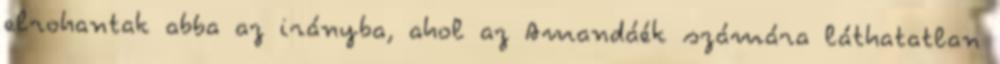
elrohantak abba az irányba, ahol az Amandáék számára láthatatlan